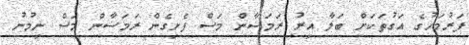
ފަރުމަހުގެ އަގުތަކަށް ބަލާ އިރު ރަމަޟާން މަސް ފެށިގެން ރަމަޟާން މަސް ނިމުނު